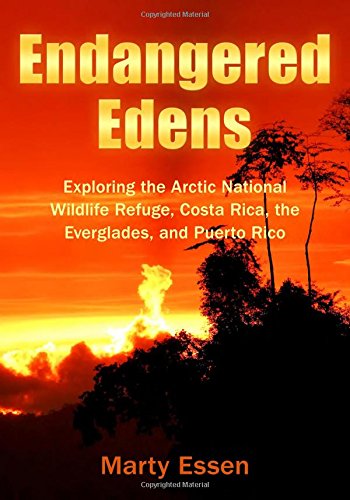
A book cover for Endangered Edens: Exploring the Arctic National Wildlife Refuge, Costa Rica, the Everglades, and Puerto Rico; Marty Essen; Travel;